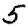
Digit: 5